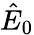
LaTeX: \hat{E}_{0}